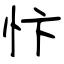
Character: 忭